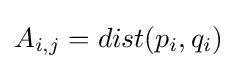
A_{i,j}=dist(p_{i},q_{i})